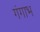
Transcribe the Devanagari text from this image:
गंगाभ